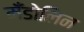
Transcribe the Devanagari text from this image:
मँडोलिन